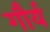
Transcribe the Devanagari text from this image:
गौर्य